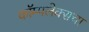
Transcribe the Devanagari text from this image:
कॉम्पलेक्सचा